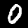
Label: 0